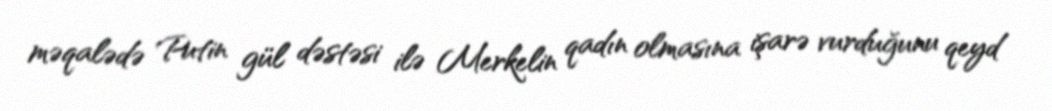
məqalədə Putin gül dəstəsi ilə Merkelin qadın olmasına işarə vurduğunu qeyd